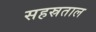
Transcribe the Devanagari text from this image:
सहस्रताल